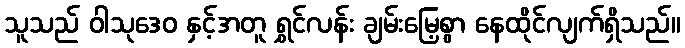
သူသည် ဝါသုဒေဝ နှင့်အတူ ရွှင်လန်း ချမ်းမြေ့စွာ နေထိုင်လျက်ရှိသည်။